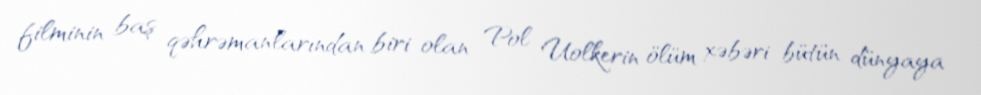
filminin baş qəhrəmanlarından biri olan Pol Uolkerin ölüm xəbəri bütün dünyaya